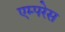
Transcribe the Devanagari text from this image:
एम्परेस